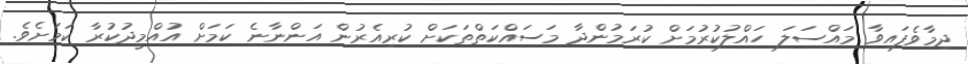
ދިމާވެފައިވާ މައްސަލަ ހައްލުކުރުމަށް ކުރަމުންދާ މަސައްކަތްތަކަށް ކުރިއެރުން އަންނާނެ ކަމަށް އުއްމީދުކުރާ ކަމަށެވެ.